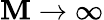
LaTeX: \mathbf{M}\rightarrow\infty